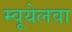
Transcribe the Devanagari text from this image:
म्वूयेलवा